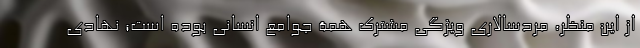
از این منظر، مردسالاری ویژگی مشترک همۀ جوامع انسانی بوده است؛ نهادی